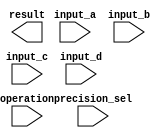
module MixedPrecisionFloatingPointUnit (
    input wire [31:0] input_a, // Input Floating Point number A (32-bit)
    input wire [31:0] input_b, // Input Floating Point number B (32-bit)
    input wire [63:0] input_c, // Input Floating Point number C (64-bit)
    input wire [63:0] input_d, // Input Floating Point number D (64-bit)
    
    input wire [1:0] operation, // Operation select: 00=add, 01=subtract, 10=multiply, 11=divide
    input wire precision_sel, // Precision select: 0=single precision, 1=double precision
    
    output reg [63:0] result // Output result of the operation
);

// Internal signals and modules for handling floating point arithmetic
// Insert code for addition, subtraction, multiplication, and division modules here

// Code for handling special cases such as denormals, infinities, and NaNs
// Insert code for special cases handling here

// Code for switching between different precisions and rounding/handling overflow and underflow conditions
// Insert code for precision switching and overflow/underflow handling here

// Perform the selected arithmetic operation based on input precision and operation
always @ (input_a, input_b, input_c, input_d, operation, precision_sel)
begin
    // Code to perform the selected arithmetic operation
    // Insert code for performing addition, subtraction, multiplication, and division here
    
    // Update the result based on the arithmetic operation and precision
    // Insert code to handle precision switching and rounding here
    
end

endmodule